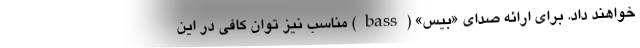
خواهند داد. برای ارائه صدای «بیس» (bass) مناسب نیز توان کافی در این